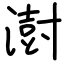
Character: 澍